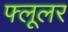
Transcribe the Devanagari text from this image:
फ्लूलर